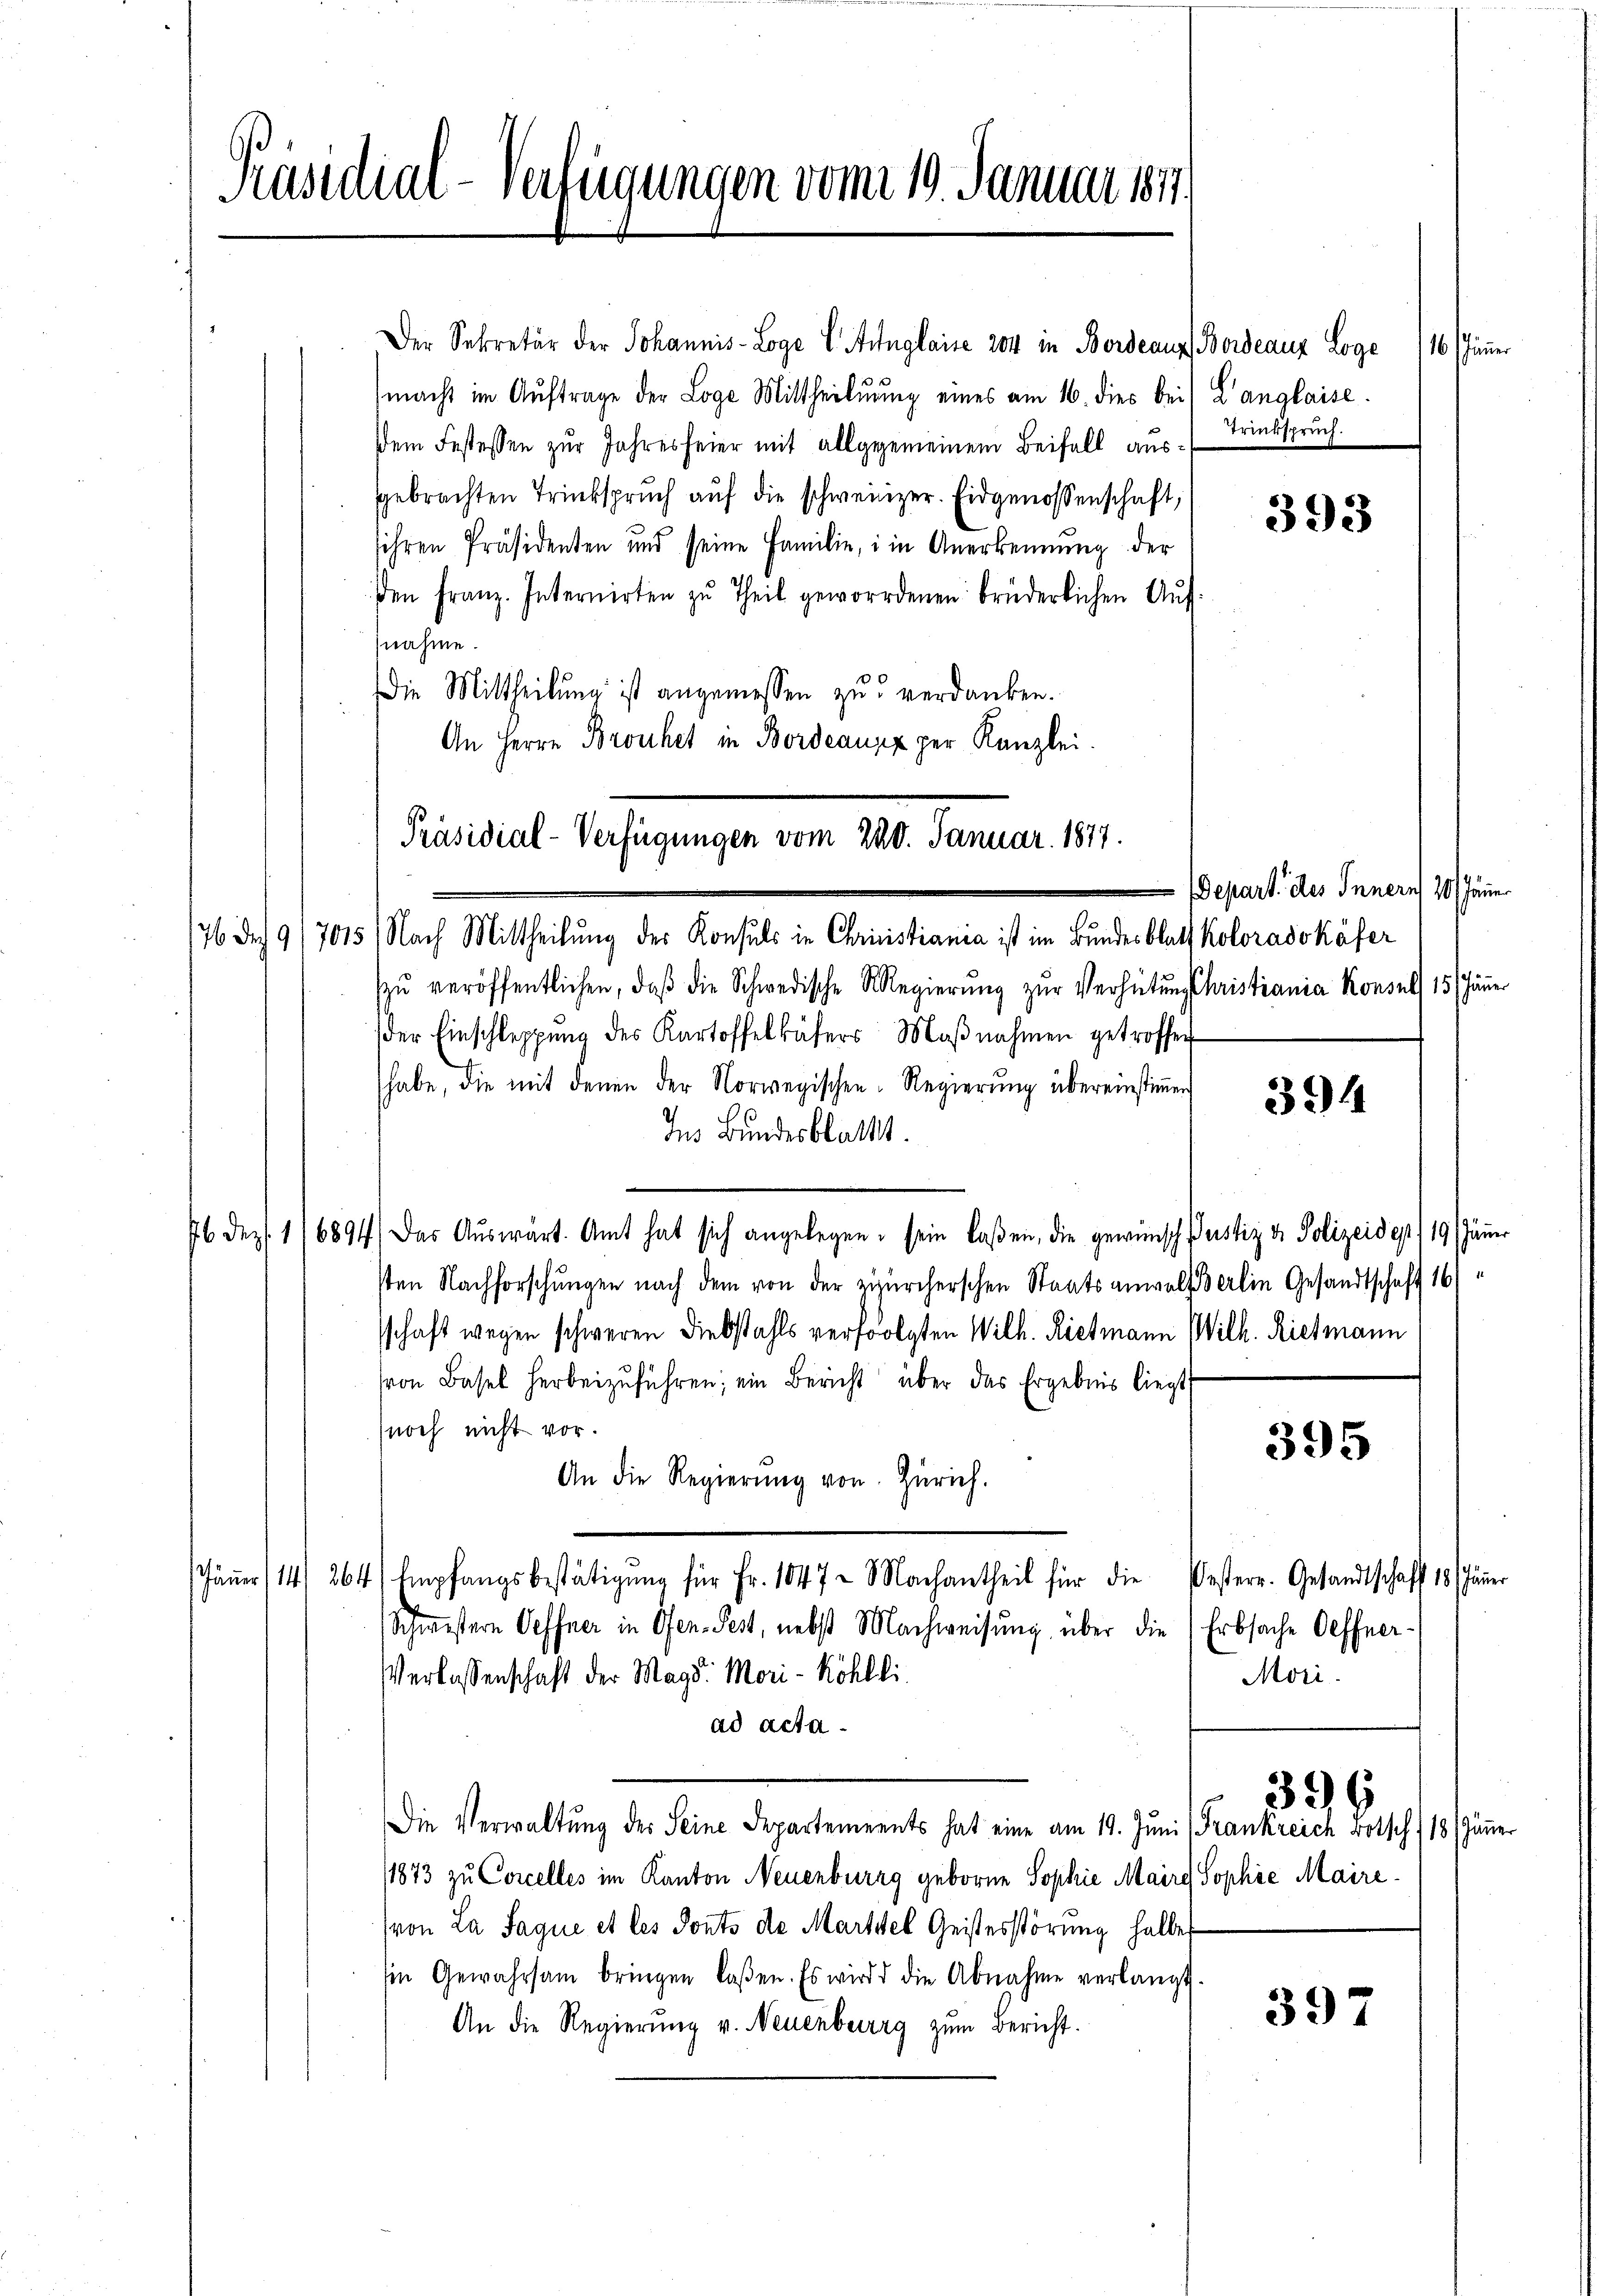
Präsidial-Verfügungen vom 10. Januar 1877.

Der Sekretär der Johannis-Loge Anglaise 204 in Bordeaus Bordeaux Loge /16. Jänner
macht im Auftrage der Loge Mittheilung eines am 16. dies bei Langlaise
dem Festessen zur Jahresfeier mit allgegemeinem Beifall ausgebrachten Trübsprŭch aŭf die schweizer. Eidgenossenschaft,
sihren Präsidenten und seine Familie, in Anerkennung der
en Franz. Internirten zu Theil gewordenen brüderlichen Aŭf
nahme.
Die Mittheilung ist angemessen zu verdanken.
An Herrn Brochet in Bordeaux per Kanzlei.
6 Dr. 9 (7015) Nach Mittheilung des Konsuls in Chrisistiania ist im Bundesblatt Koloradokäfer
zŭ veröffentlichen, daβ die Schwedische Regierŭng zŭr Verhütungsfristiania Konsul, 15 Jäner
der Einschleppung des Kartoffelkäfers Maβnahmen getroffen
habe, die mit denn der Norwegischen Regierŭng übereinstiṁe
Ins Bundesblattet.
Dez. 16894) Das Aŭswärt. Amt hat sich angelegen. sein laßen, die gewünsch Justiz & Polizeide, 19 Jänner
sten Nachforschungen nach dem von der zürcherschen Staatsanwalterlin Gesandtschaft 16)
sschaft wegen schweren Diebstahls verfolgten Wilh. Rietmann Wilh. Rietmann
ron Basel herbeizuführen; ein Bericht über das Ergebnis liegt
noch nicht vor.
395
An die Regierŭng von Zürich.
äṅer 14/ 264) Empfangsbestätigŭng für Fr. 1047. Nachantheil für die Oesterr. Gesandtschaft 18. Jäṅer
Schwistern Oeffner in Ofen- Pest, nebst Nachweisung über die Erbsache Oeffner-
Verlassenschaft der Magd. Mori- Köhlli
Mori
ad acta
399
Die Verwaltŭng der Seine Departements hat eine am 19. Jŭni (Frankreich rotsch / 18 Jänner
1873 zu Concelles im Kanton Neuenburg geborne Sophie Maire Sophie Maire¬
(von La Saque et les Sonto de Martitel Geistesstörung halbe
Ein Gewahrsam bringen laßen. Es wird die Abnahme verlangt.
397
An die Regierung v. Neuenburg zum Bericht.

Präsidial-Verfügungen vom 120. Januar 1891.

Trinkspruch.

393

Depart. des Innern 10. Jänn